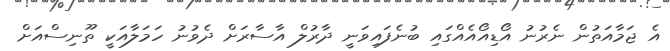
އެ ޖަމާއަތުން ނެރުނު އޯޑިއޯއެއްގައި ބުނެފައިވަނީ ދާރުލް އާސާރަށް ދެވުނު ހަމަލާއަކީ ތޫނިސްއަށް